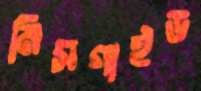
মিসগাইড